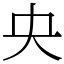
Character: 央